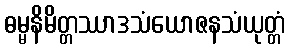
ဓမ္မနိမိတ္တဿာဒသံယောဇနသံယုတ္တံ